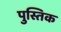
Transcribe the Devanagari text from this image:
पुस्तिक